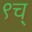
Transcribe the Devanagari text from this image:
९च्